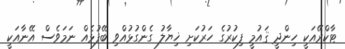
ޓާކްރޭއަކީ ހިންދީ ޤައުމީ ފިކުރުގެ ހަރުކަށި ޚިޔާލު ގެންގުޅުއްވި ބޭފުޅެއް ނަމަވެސް އޭނާއަކީ